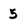
Character: 5